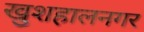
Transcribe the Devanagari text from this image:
खुशहालनगर